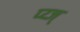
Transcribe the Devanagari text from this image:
प्य्ज्